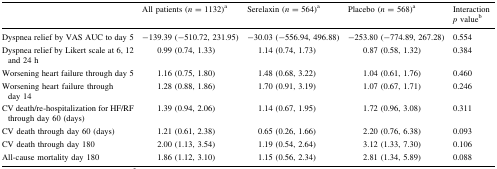
<table><thead><tr><td></td><td><b>All patients (<i>n</i> = 1132)<sup>a</sup></b></td><td><b>Serelaxin (<i>n</i> = 564)<sup>a</sup></b></td><td><b>Placebo (<i>n</i> = 568)<sup>a</sup></b></td><td><b>Interaction <i>p</i> value<sup>b</sup></b></td></tr></thead><tbody><tr><td>Dyspnea relief by VAS AUC to day 5</td><td>−139.39 (−510.72, 231.95)</td><td>−30.03 (−556.94, 496.88)</td><td>−253.80 (−774.89, 267.28)</td><td>0.554</td></tr><tr><td>Dyspnea relief by Likert scale at 6, 12 and 24 h</td><td>0.99 (0.74, 1.33)</td><td>1.14 (0.74, 1.73)</td><td>0.87 (0.58, 1.32)</td><td>0.384</td></tr><tr><td>Worsening heart failure through day 5</td><td>1.16 (0.75, 1.80)</td><td>1.48 (0.68, 3.22)</td><td>1.04 (0.61, 1.76)</td><td>0.460</td></tr><tr><td>Worsening heart failure through day 14</td><td>1.28 (0.88, 1.86)</td><td>1.70 (0.91, 3.19)</td><td>1.07 (0.67, 1.71)</td><td>0.246</td></tr><tr><td>CV death/re-hospitalization for HF/RF through day 60 (days)</td><td>1.39 (0.94, 2.06)</td><td>1.14 (0.67, 1.95)</td><td>1.72 (0.96, 3.08)</td><td>0.311</td></tr><tr><td>CV death through day 60 (days)</td><td>1.21 (0.61, 2.38)</td><td>0.65 (0.26, 1.66)</td><td>2.20 (0.76, 6.38)</td><td>0.093</td></tr><tr><td>CV death through day 180</td><td>2.00 (1.13, 3.54)</td><td>1.19 (0.54, 2.64)</td><td>3.12 (1.33, 7.30)</td><td>0.106</td></tr><tr><td>All-cause mortality day 180</td><td>1.86 (1.12, 3.10)</td><td>1.15 (0.56, 2.34)</td><td>2.81 (1.34, 5.89)</td><td>0.088</td></tr></tbody></table>